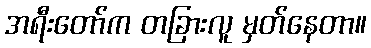
အရီးတော်က တခြားလူ မှတ်နေတာ။